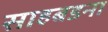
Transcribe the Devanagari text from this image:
साहबडना